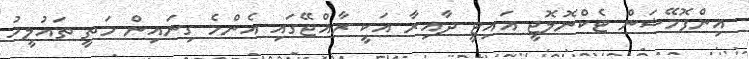
އިންފޮމޭޝަން ޓެކްްނޮލޮޖީ އައިޓީ ދާއިރާ އަކީ ރާއްޖޭގައި އެންމެ ގިނައިން މަތީ ތައުލީމު